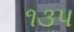
૧૩પ